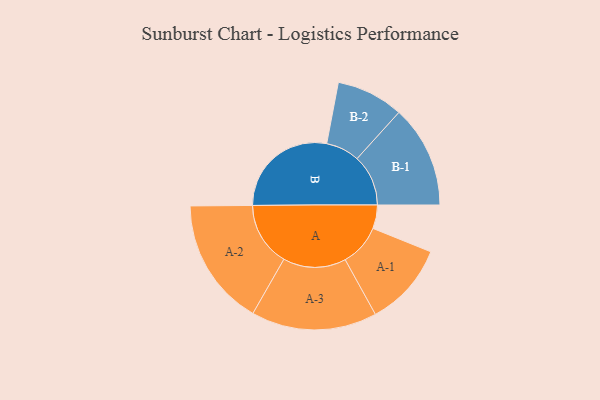
{"axis": {"x": "Segment", "y": "Value"}, "legend": ["", "A", "B"], "data": [{"x": "A", "y": 103, "type": ""}, {"x": "B", "y": 474, "type": ""}, {"x": "A-1", "y": 183, "type": "A"}, {"x": "A-2", "y": 280, "type": "A"}, {"x": "A-3", "y": 275, "type": "A"}, {"x": "B-1", "y": 224, "type": "B"}, {"x": "B-2", "y": 147, "type": "B"}]}